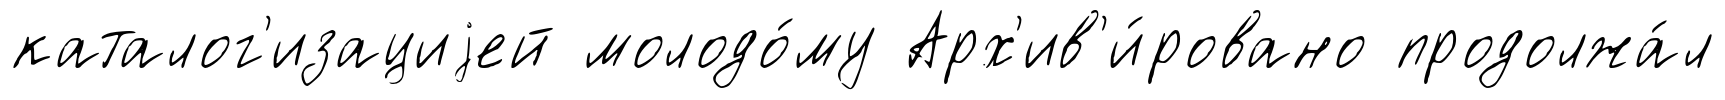
каталог'изациjей молодо́му Арх'ив'и́ровано продолжа́л